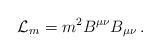
LaTeX: \begin{align*}{\cal L}_m = m^2 B^{\mu\nu} B_{\mu\nu}\,.\end{align*}